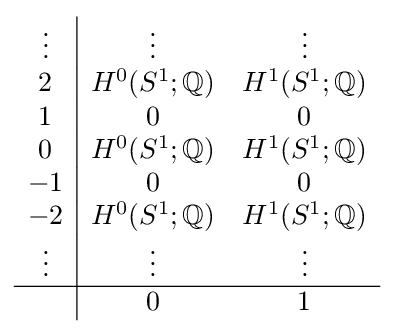
{\begin{array}{c|cc}\vdots &\vdots &\vdots \\2&H^{0}(S^{1};\mathbb {Q} )&H^{1}(S^{1};\mathbb {Q} )\\1&0&0\\0&H^{0}(S^{1};\mathbb {Q} )&H^{1}(S^{1};\mathbb {Q} )\\-1&0&0\\-2&H^{0}(S^{1};\mathbb {Q} )&H^{1}(S^{1};\mathbb {Q} )\\\vdots &\vdots &\vdots \\\hline &0&1\end{array}}